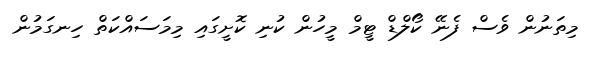
މިތަނުން ވެސް ފެނޭ ކޯލްޑް ޓީމް މީހުން ކުނި ކޮށީގައި މިމަސައްކަތް ހިނގަމުން